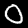
Digit: 0